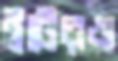
ট্রটেরও